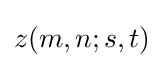
z(m,n;s,t)